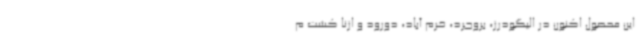
این محصول اکنون در الیگودرز، بروجرد، خرم آباد، دورود و ازنا کشت م